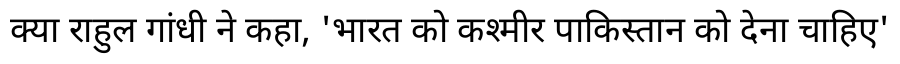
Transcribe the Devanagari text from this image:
क्या राहुल गांधी ने कहा, 'भारत को कश्मीर पाकिस्तान को देना चाहिए'